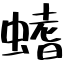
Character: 螧